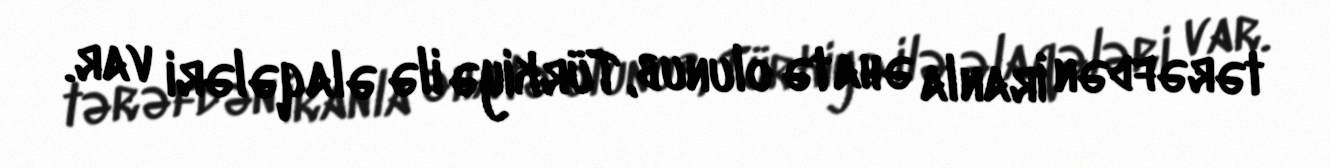
tərəfdən İranla əhatə olunub, Türkiyə ilə əlaqələri var.